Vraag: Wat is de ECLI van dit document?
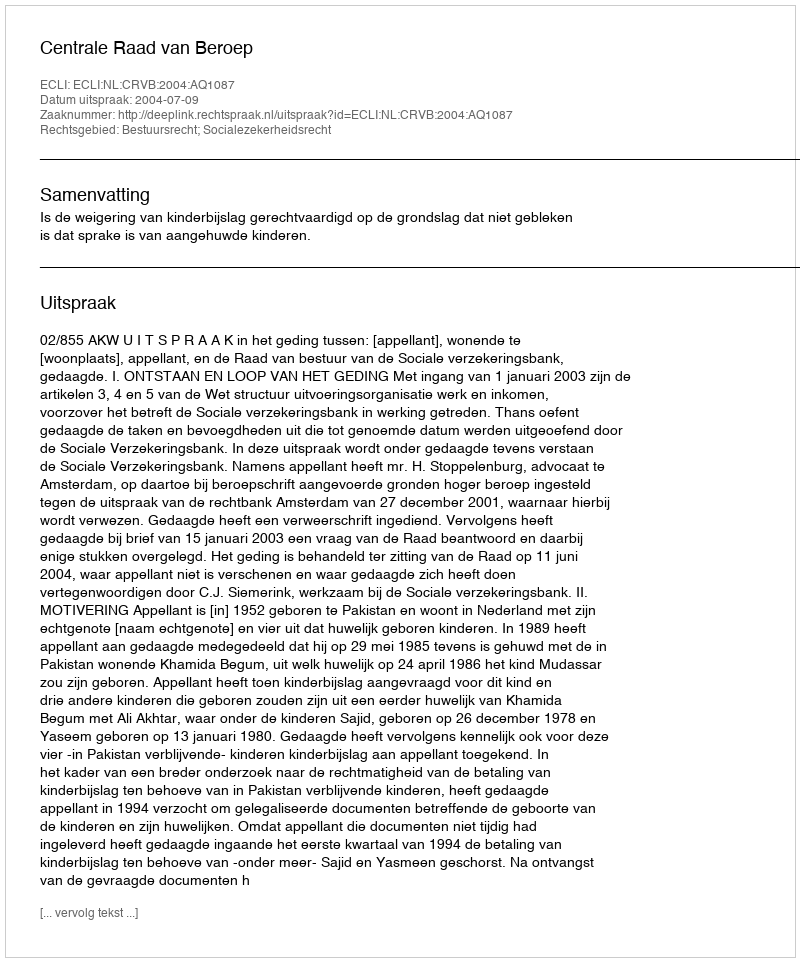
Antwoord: ECLI:NL:CRVB:2004:AQ1087